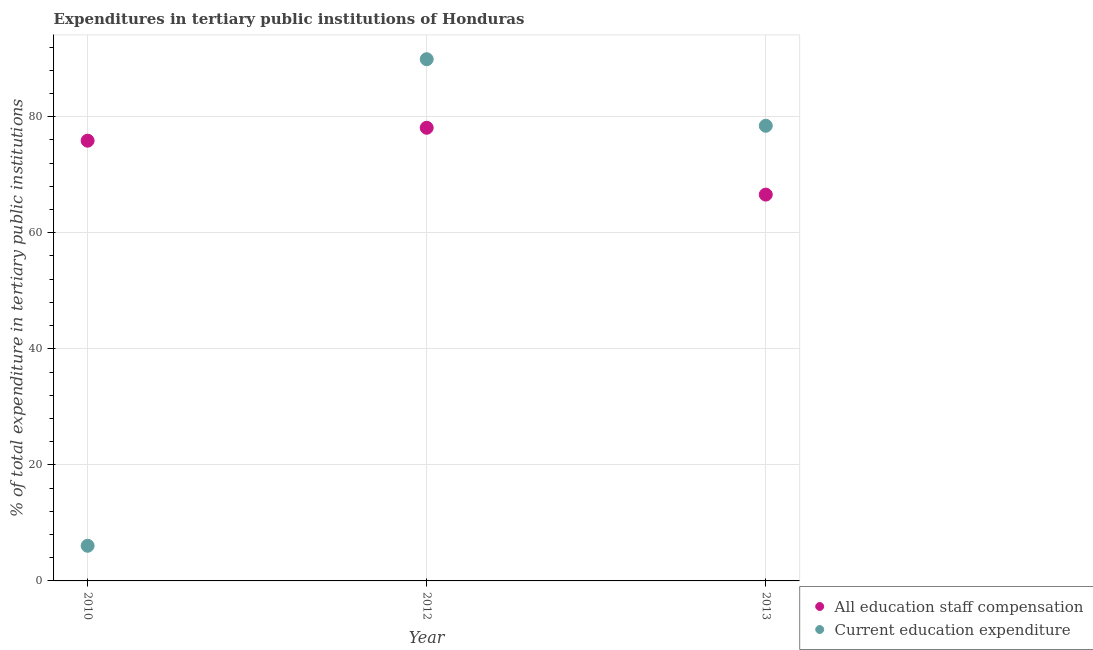
| Year | All education staff compensation | Current education expenditure |
 | --- | --- | --- |
 | 2010 | 75.9 | 6.06 |
 | 2012 | 78.1 | 89.9 |
 | 2013 | 66.6 | 78.4 |